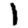
Digit: 1